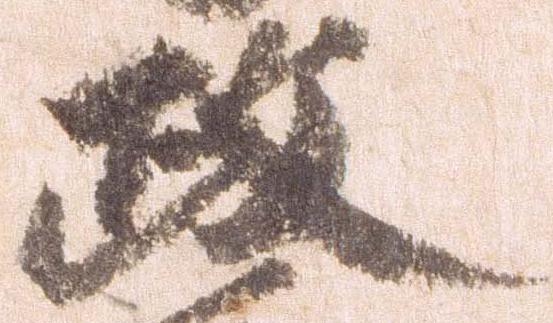
政